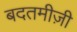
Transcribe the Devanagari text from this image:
बदतमीज़ी